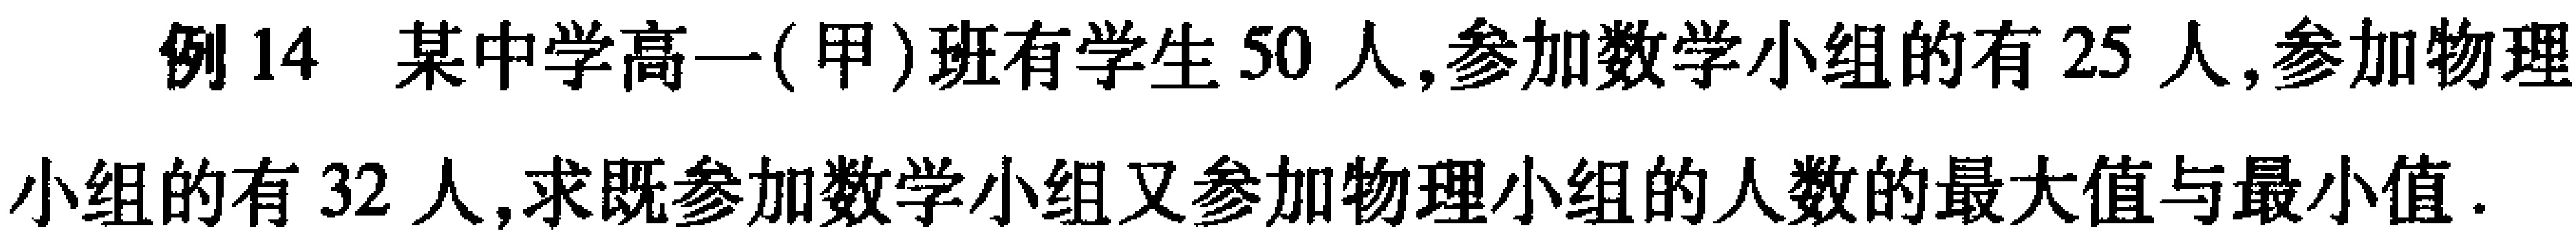
例14 某中学高一(甲)班有学生50人,参加数学小组的有25人,参加物理小组的有32人,求既参加数学小组又参加物理小组的人数的最大值与最小值.